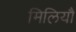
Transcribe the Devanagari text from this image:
मिलियौ